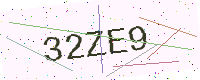
Text: 32ZE9